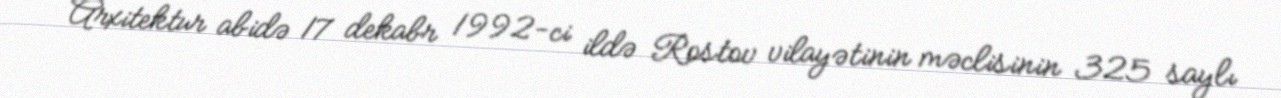
Arxitektur abidə 17 dekabr 1992-ci ildə Rostov vilayətinin məclisinin 325 saylı